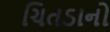
ચિતડાનો